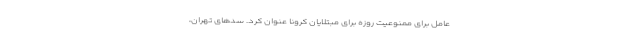
عامل برای ممنوعیت روزه برای مبتلایان کرونا عنوان کرد. سدهای تهران،